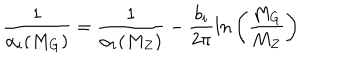
LaTeX: \frac { 1 } { \alpha _ { i } ( M _ { G } ) } = \frac { 1 } { \alpha _ { i } ( M _ { Z } ) } - \frac { b _ { i } } { 2 \pi } l n \left( \frac { M _ { G } } { M _ { Z } } \right)